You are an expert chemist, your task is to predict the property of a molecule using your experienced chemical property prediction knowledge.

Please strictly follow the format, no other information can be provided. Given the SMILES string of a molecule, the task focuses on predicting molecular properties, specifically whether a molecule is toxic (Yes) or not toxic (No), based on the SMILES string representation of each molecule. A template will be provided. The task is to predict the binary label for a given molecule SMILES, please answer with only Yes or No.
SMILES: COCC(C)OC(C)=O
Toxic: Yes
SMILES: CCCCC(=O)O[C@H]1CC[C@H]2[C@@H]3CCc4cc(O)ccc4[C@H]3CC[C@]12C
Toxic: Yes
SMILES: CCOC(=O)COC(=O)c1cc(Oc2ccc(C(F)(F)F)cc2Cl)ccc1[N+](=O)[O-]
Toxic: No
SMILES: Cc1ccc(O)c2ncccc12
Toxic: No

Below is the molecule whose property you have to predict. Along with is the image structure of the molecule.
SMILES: Cl[Sn](Cl)(Cl)Cl
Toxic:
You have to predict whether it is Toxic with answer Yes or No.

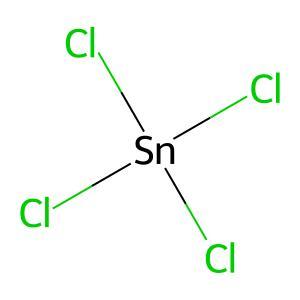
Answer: No